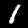
Label: 1